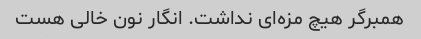
همبرگر هیچ مزه‌ای نداشت. انگار نون خالی هست